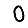
Digit: 0